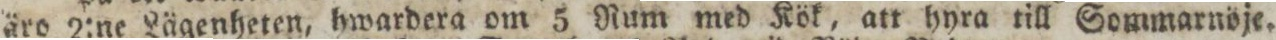
äro 2:ne Lägenheten, hwardera om 5 Rum med Kök, att hyra till Sommarnöje.